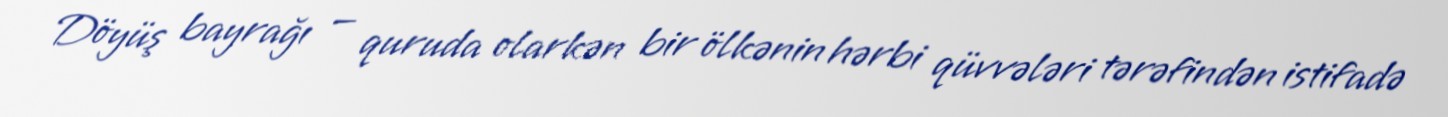
Döyüş bayrağı — quruda olarkən bir ölkənin hərbi qüvvələri tərəfindən istifadə